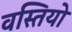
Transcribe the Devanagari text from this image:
वस्तियो